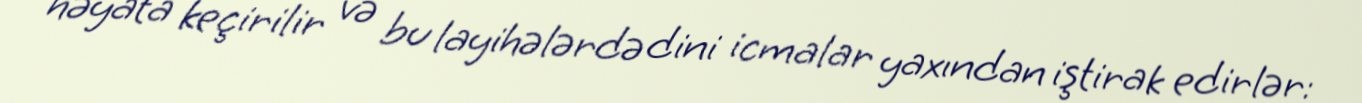
həyata keçirilir və bu layihələrdə dini icmalar yaxından iştirak edirlər: